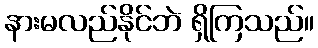
နားမလည်နိုင်ဘဲ ရှိကြသည်။